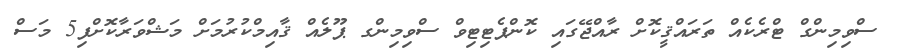
ސްވިމިންގް ޓްރެކެއް ތަރައްޤީކޮށް ރާއްޖޭގައި ކޮންޕެޓިޓިވް ސްވިމިންގ ޕޫލެއް ޤާއިމްކުރުމަށް މަޝްވަރާކޮށްފި5 މަސް